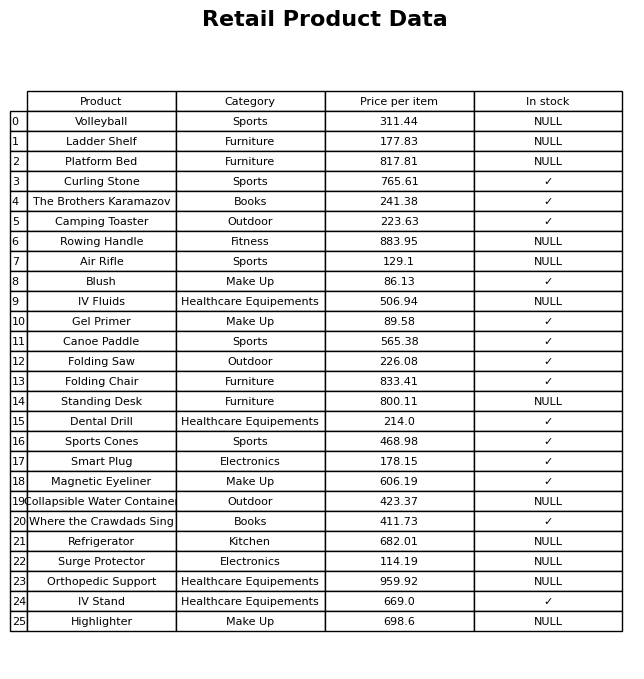
question: What category does the Where the Crawdads Sing belong to?
answer: Books